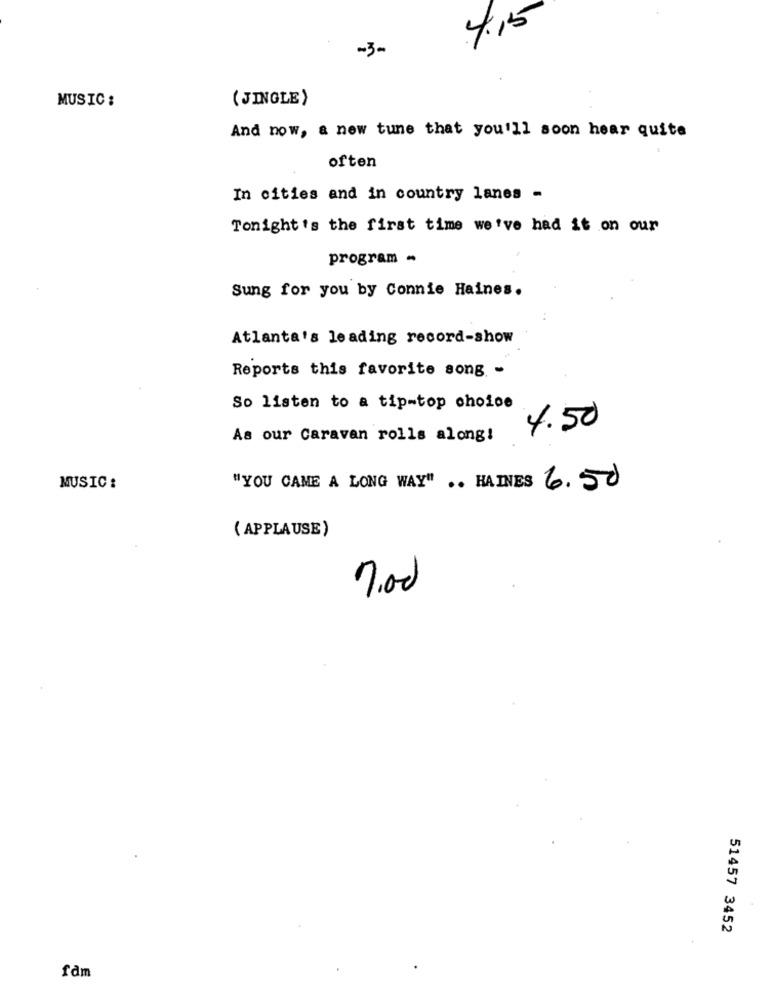
4.15
-3-
MUSIC:
( JINGLE)
And now, a new tune that you'll soon hear quite
often
In cities and in country lanes -
Tonight's the first time we've had it on our
program -
Sung for you by Connie Haines.
Atlanta's leading record-show
Reports this favorite song. -
So listen to a tip-top choice
4.50
As our Caravan rolls along!
MUSIC :
"YOU CAME A LONG WAY" .. HAINES 6.50
( APPLAUSE)
7.00
51457 3452
fdm